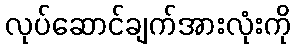
လုပ်ဆောင်ချက်အားလုံးကို